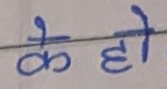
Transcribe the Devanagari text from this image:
के हो